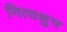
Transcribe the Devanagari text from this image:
नित्यशुभ